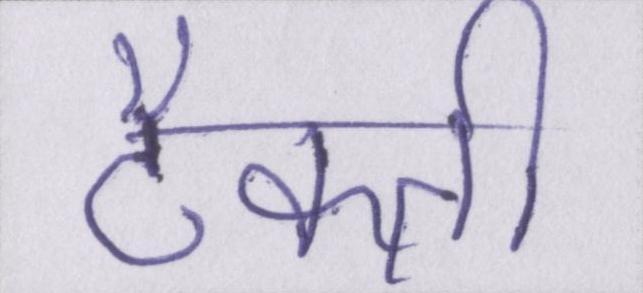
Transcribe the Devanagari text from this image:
टैक्सी